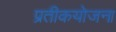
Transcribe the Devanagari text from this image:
प्रतीकयोजना